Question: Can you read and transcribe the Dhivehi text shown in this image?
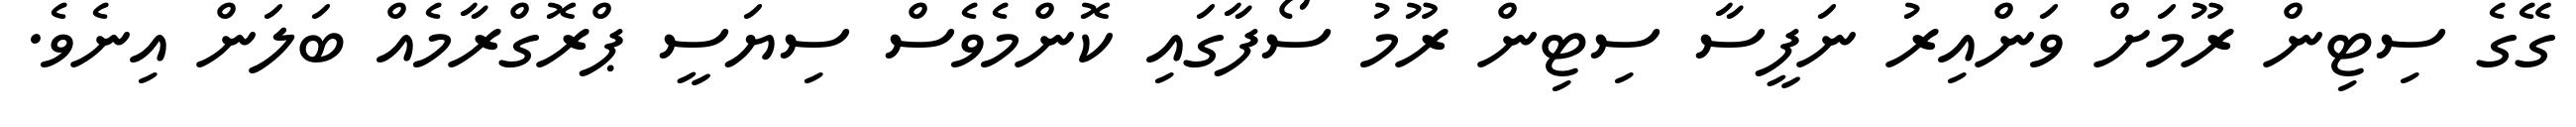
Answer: ގޭގެ ސިޓިން ރޫމަށް ވަންއިރު ނަފީސާ ސިޓިން ރޫމު ސޯފާގައި ކޮންމެވެސް ސިޔަސީ ޕްރޮގްރާމެއް ބަލަން އިނެވެ.